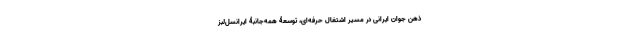
ذهن جوان ایرانی در مسیر اشتغال حرفه‌ای، توسعۀ همه‌جانبۀ ایرانسل‌لبز